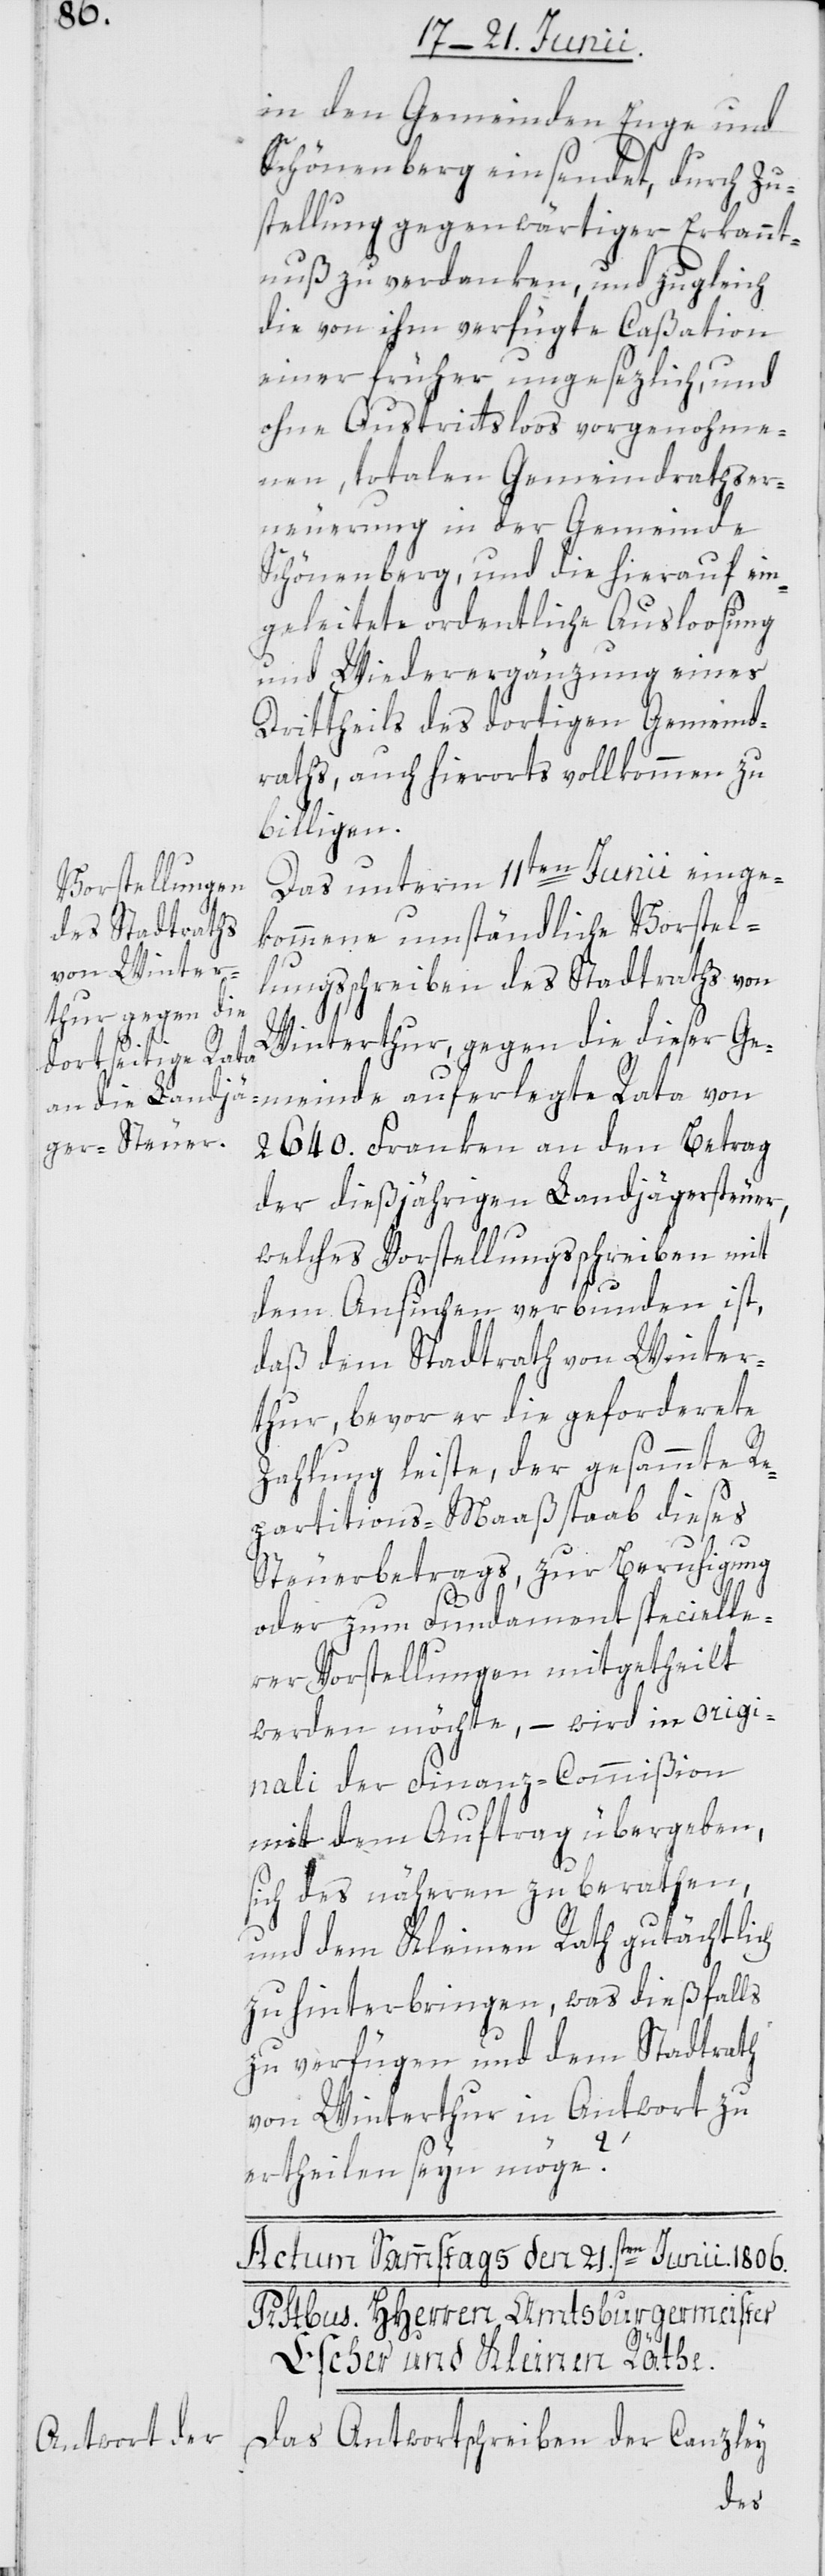
in den Gemeinden Enge und
Schönenberg einsendet, durch Zu¬
stellung gegenwärtiger Erkannt¬
nuß zu verdanken, und zugleich
die von ihm verfügte Caßation
einer früher ungesezlich, und
ohne Austrittsloos vorgenohme¬
nen, totalen Gemeindrathser¬
neuerung in der Gemeinde
Schönenberg, und die hierauf ein¬
geleitete ordentliche Ausloosung
und Wiederergänzung eines
Drittheils des dortigen Gemeind¬
raths, auch hierorts vollkommen zu
billigen.
Das unterm 11ten Junii einge¬
kommene umständliche Vorstel¬
lungsschreiben des Stadtraths von
meinde
Winterthur, gegen die dieser Ge¬
2640. Franken an den Betrag
der dießjährigen Landjägersteuer,
welches Vorstellungsschreiben mit
dem Ansuchen verbunden ist,
daß dem Stadtrath von Winter¬
thur, bevor er die geforderete
Zahlung leiste, der gesammte Re¬
partitions-Maaßstaab dieses
Steuerbetrags, zur Beruhigung
oder zum Fundament specielle¬
rer Vorstellungen mitgetheilt
werden möchte, – wird in origi¬
nali der Finanz-Commißion
mit dem Auftrag übergeben,
sich des nähern zu berathen,
und dem Kleinen Rath gutächtlich
zu hinterbringen, was dießfalls
zu verfügen und dem Stadtrath
von Winterthur in Antwort zu
ertheilen seyn möge?
der